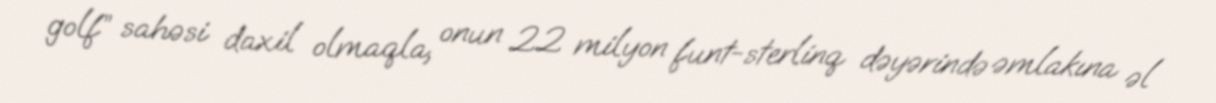
golf” sahəsi daxil olmaqla, onun 22 milyon funt-sterlinq dəyərində əmlakına əl